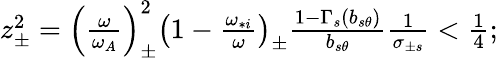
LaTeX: \begin{array}{r}{z_{\pm}^{2}=\left(\frac{\omega}{\omega_{A}}\right)_{\pm}^{2}\left(1-\frac{\omega_{*i}}{\omega}\right)_{\pm}\frac{1-\Gamma_{s}(b_{s\theta})}{b_{s\theta}}\frac{1}{\sigma_{\pm s}}<\frac{1}{4};}\end{array}